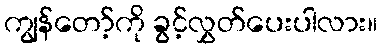
ကျွန်တော့်ကို ခွင့်လွှတ်ပေးပါလား။